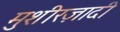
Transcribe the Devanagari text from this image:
मुशीरज़ादी